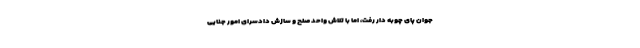
جوان پای چوبه دار رفت، اما با تلاش واحد صلح و سازش دادسرای امور جنایی